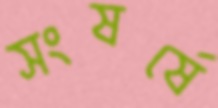
সংষর্ষে